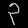
Digit: ၃